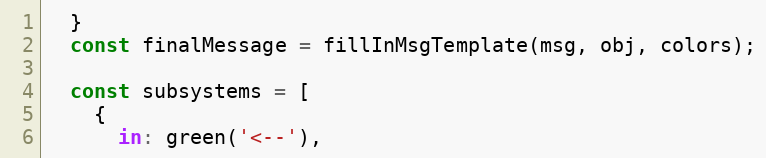
Language: JavaScript
  }
  const finalMessage = fillInMsgTemplate(msg, obj, colors);

  const subsystems = [
    {
      in: green('<--'),